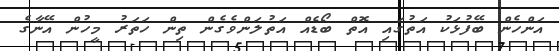
އަންހެން ބޭފުޅަކު އަތުގައި އޮތް ބޯޑެއް އަތުލަންވެގެން ތިން ހަތަރު މީހުން އޭނާގެ